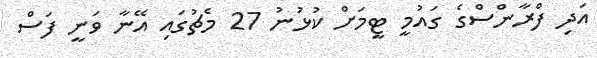
އަދި ފްރާންސްގެ ގައުމީ ޓީމަށް ކުޅުނު 27 މެޗުގައި އޭނާ ވަނީ ފަސް